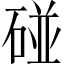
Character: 碰